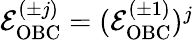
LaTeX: \begin{array}{r}{\mathcal{E}_{\mathrm{OBC}}^{(\pm j)}=(\mathcal{E}_{\mathrm{OBC}}^{(\pm 1)})^{j}}\end{array}